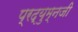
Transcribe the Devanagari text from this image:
प्रद्युम्नजी